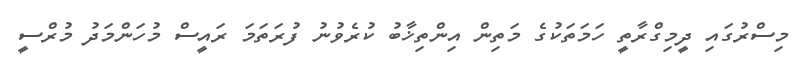
މިސްރުގައި ދީމިގްރާތީ ހަމަތަކުގެ މަތިން އިންތިޚާބު ކުރެވުނު ފުރަތަމަ ރައީސް މުހަންމަދު މުރްސީ